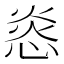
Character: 㥕